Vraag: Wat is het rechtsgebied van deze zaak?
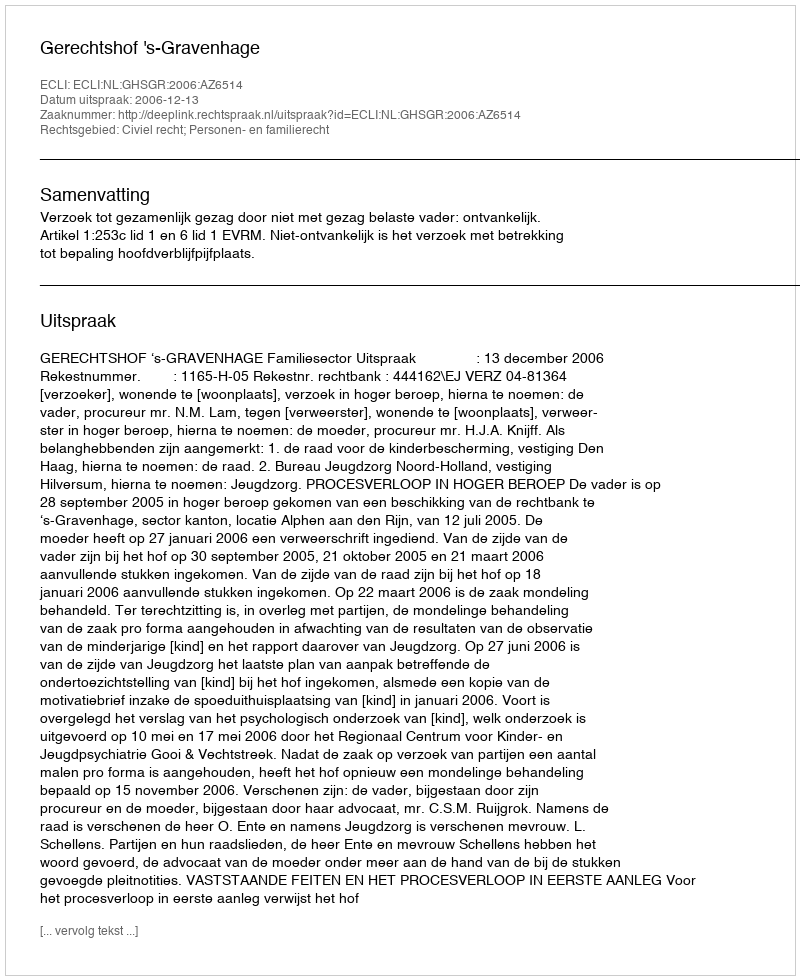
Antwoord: Civiel recht; Personen- en familierecht